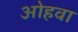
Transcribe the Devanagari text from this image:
ओहवा